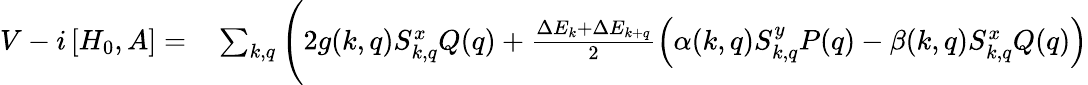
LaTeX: \begin{array}{rl}{V-i\left[H_{0},A\right]=}&{{}\sum_{k,q}\Bigg(2g(k,q)S_{k,q}^{x}Q(q)+\frac{\Delta E_{k}+\Delta E_{k+q}}{2}\left(\alpha(k,q)S_{k,q}^{y}P(q)-\beta(k,q)S_{k,q}^{x}Q(q)\right)}\end{array}